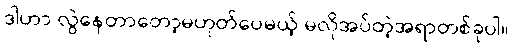
ဒါဟာ လွဲနေတာတော့မဟုတ်ပေမယ့် မလိုအပ်တဲ့အရာတစ်ခုပါ။